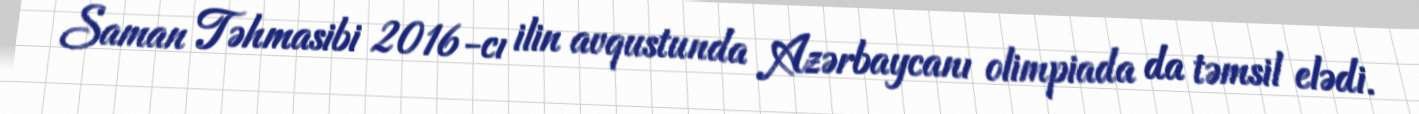
Saman Təhmasibi 2016-cı ilin avqustunda Azərbaycanı olimpiada da təmsil elədi.